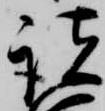
諸